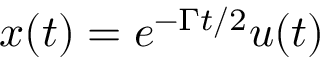
x ( t ) = e ^ { - \Gamma t / 2 } u ( t )